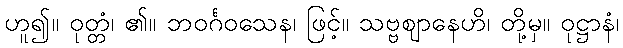
ဟူ၍။ ဝုတ္တံ၊ ၏။ ဘဝင်္ဂဝသေန၊ ဖြင့်။ သဗ္ဗဈာနေဟိ၊ တို့မှ။ ဝုဋ္ဌာနံ၊